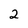
Character: 2